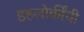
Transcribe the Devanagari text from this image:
इहलोकींची